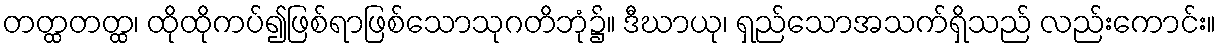
တတ္ထတတ္ထ၊ ထိုထိုကပ်၍ဖြစ်ရာဖြစ်သောသုဂတိဘုံ၌။ ဒီဃာယု၊ ရှည်သောအသက်ရှိသည် လည်းကောင်း။